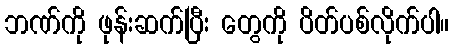
ဘဏ်ကို ဖုန်းဆက်ပြီး တွေကို ပိတ်ပစ်လိုက်ပါ။